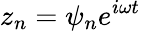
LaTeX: z_{n}=\psi_{n}e^{i\omega t}